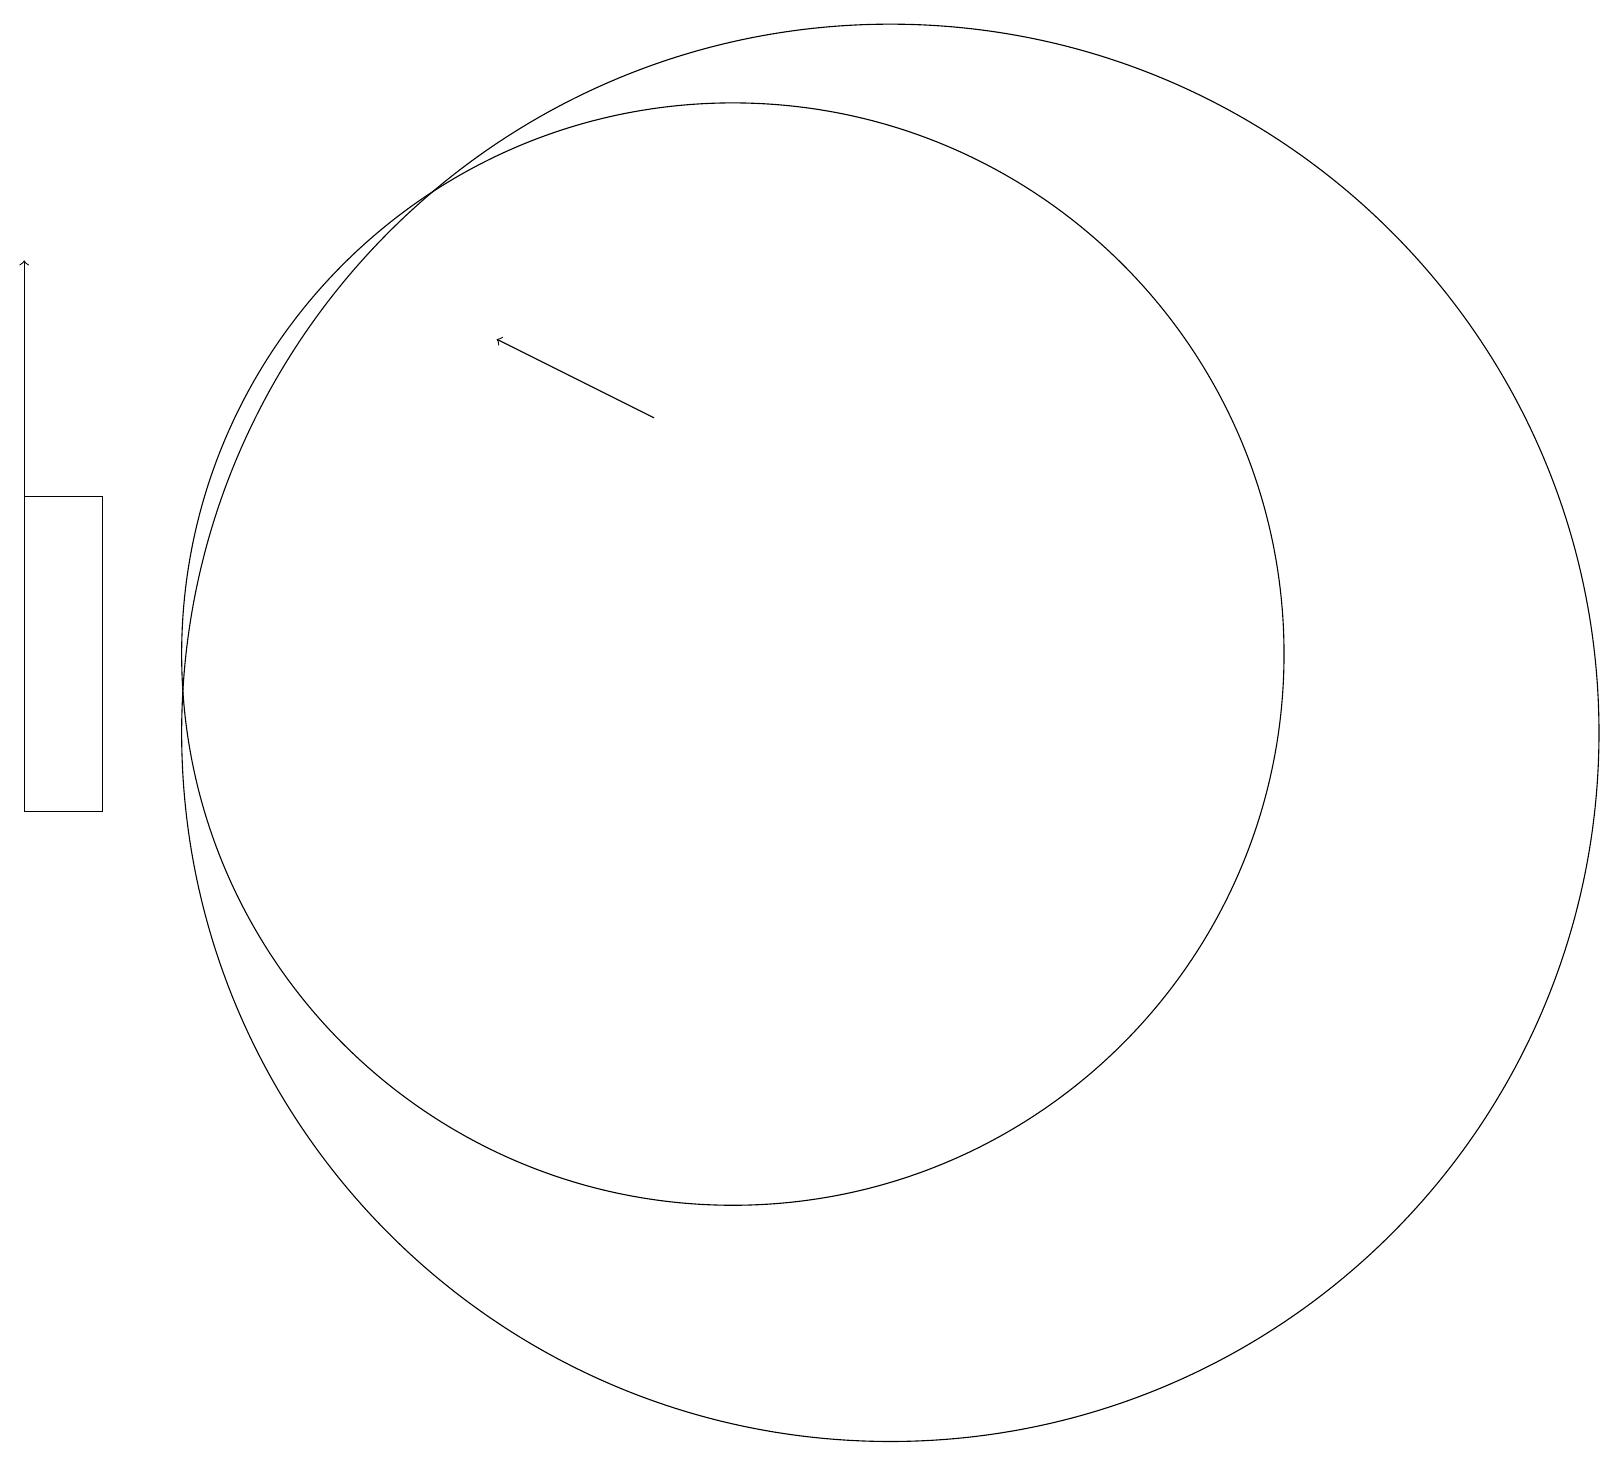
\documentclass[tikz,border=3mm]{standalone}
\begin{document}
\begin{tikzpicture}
\draw (11,10) circle (0);
\draw[->] (9,15) -- (7,16);
\draw (10,12) circle (0);
\draw (10,12) circle (7);
\draw (12,11) circle (9);
\draw (1,10) rectangle (2,14);
\draw (12,12) circle (0);
\draw[->] (1,14) -- (1,17);
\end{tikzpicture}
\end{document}